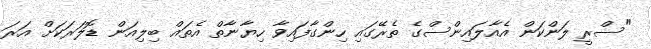
"ސްރީ ލަންކަން އެއާލައިންސްގެ ތެރޭގައި ހިންގާފައިވާ ހިޔާނާތް އެތައް ބިލިއަން ޑޮލަރަކަށް އަރަ